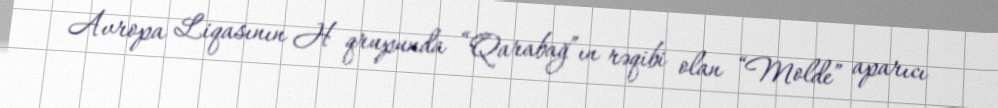
Avropa Liqasının H qrupunda “Qarabağ”ın rəqibi olan “Molde” aparıcı